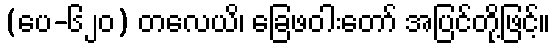
(ပေ-၆၂၀) တလေယိ၊ ခြေဖဝါးတော် အပြင်တို့ဖြင့်။